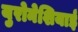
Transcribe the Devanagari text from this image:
युरोनेशियाई